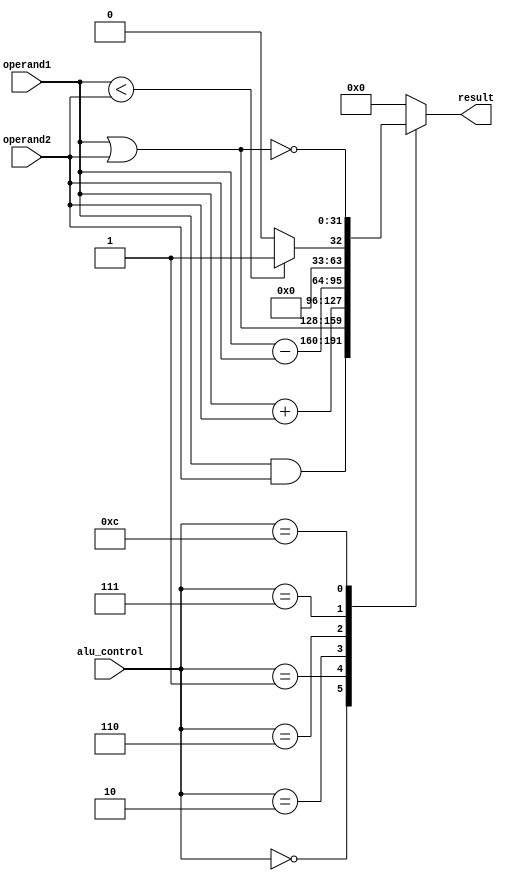
module ALU(
    input wire [31:0] operand1,
    input wire [31:0] operand2,
    input wire [3:0] alu_control,
    output reg [31:0] result
);
    always @(*) begin
        case (alu_control)
            // Define ALU operations here
            4'b0000: result = operand1 & operand2; // AND
            4'b0001: result = operand1 | operand2; // OR
            4'b0010: result = operand1 + operand2; // ADD
            4'b0110: result = operand1 - operand2; // SUB
            4'b0111: result = (operand1 < operand2) ? 1 : 0; // SLT
            4'b1100: result = ~(operand1 | operand2); // NOR
            default: result = 32'b0;
        endcase
    end
endmodule